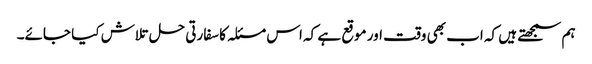
ہم سمجھتے ہیں کہ اب بھی وقت اور موقع ہے کہ اس مسئلہ کا سفارتی حل تلاش کیا جائے۔